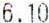
6.10